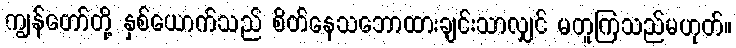
ကျွန်တော်တို့ နှစ်ယောက်သည် စိတ်နေသဘောထားချင်းသာလျှင် မတူကြသည်မဟုတ်။